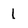
Character: l